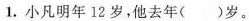
1.小凡明年12岁，他去年()岁。